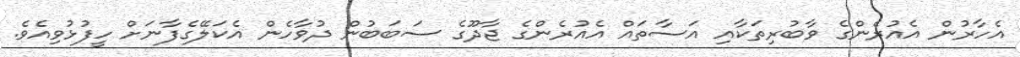
އެހާރުން އެއުރެންގެ ވާބުރިތަކާއި އަސާތައް އެއުރެންގެ ޖާދޫގެ ސަބަބުން ދުވާހެން އެކަލޭގެފާނަށް ހީފުޅުވިއެވެ.